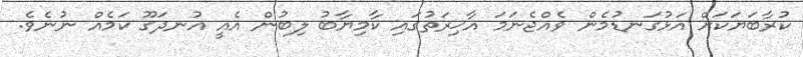
ކުރާބަޔަކަށް އަޅުގަނޑުމެން ވެއްޖެނަމަ އާޚިރަތުގައި ކާމިޔާބު ލިބުން އެއީ އުނދަގޫ ކަމެއް ނުނެވެ.